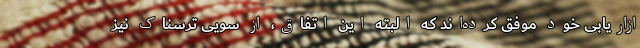
ازاریابی خود موفق کرده‌اند که البته این اتفاق، از سویی ترسناک نیز